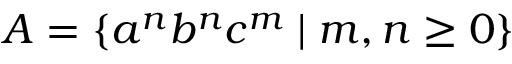
A = \{ a ^ { n } b ^ { n } c ^ { m } \mid m , n \geq 0 \}